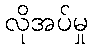
လိုအပ်မှု